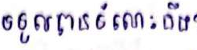
ទទួលបានចំណេះដឹង